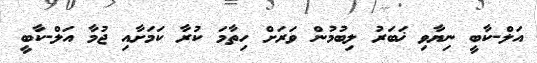
އަލް-ކާބީ ނިޔާވި ޚަބަރު ލިބުމުން ވަރަށް ހިތާމަ ކުރާ ކަމަށާއި ޖުމާ އަލް-ކާބީ